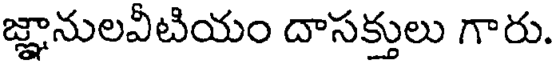
జ్ఞానులవీటియం దాసక్తులు గారు.